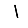
Digit: 1